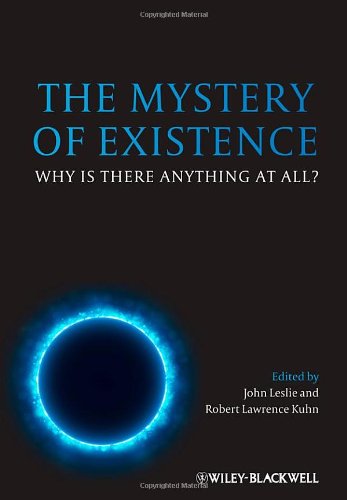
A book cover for The Mystery of Existence: Why Is There Anything At All; Politics & Social Sciences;